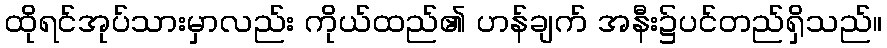
ထိုရင်အုပ်သားမှာလည်း ကိုယ်ထည်၏ ဟန်ချက် အနီး၌ပင်တည်ရှိသည်။